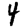
Digit: 4